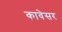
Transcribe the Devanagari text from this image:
कावेसर